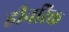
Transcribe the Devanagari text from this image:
हीनरिक